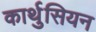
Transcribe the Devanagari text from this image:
कार्थुसियन